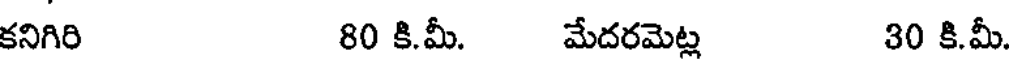
కనిగిరి 80 కి.మీ. మేదరమెట్ల 30 కి.మీ.